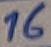
Text: 16